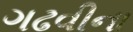
ગઢવીના